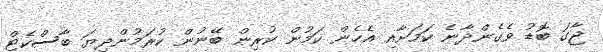
ޖާގަ ބޮޑު ވެގެންދާނެ ކަމަށާއި އެހެން ކަމުން ކުރިން ބޭނުން ކުރަމުންދިޔަ ބާސްކެޓް